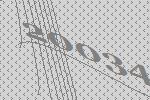
20034